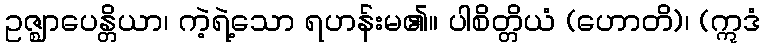
ဥဇ္ဈာပေန္တိယာ၊ ကဲ့ရဲ့သော ရဟန်းမ၏။ ပါစိတ္တိယံ (ဟောတိ)၊ (ဣဒံ